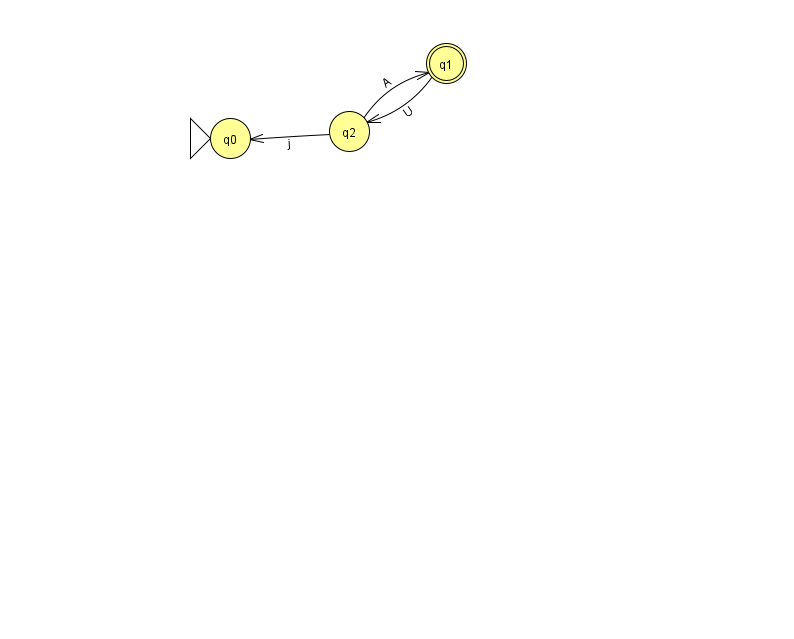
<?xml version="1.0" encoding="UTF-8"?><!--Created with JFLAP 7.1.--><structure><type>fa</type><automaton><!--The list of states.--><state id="0" name="q0"><x>230.0</x><y>125.0</y><initial/></state><state id="1" name="q1"><x>446.0</x><y>50.0</y><final/></state><state id="2" name="q2"><x>349.0</x><y>118.0</y></state><!--The list of transitions.--><transition><from>2</from><to>1</to><read>A</read></transition><transition><from>1</from><to>2</to><read>U</read></transition><transition><from>2</from><to>0</to><read>j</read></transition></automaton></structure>